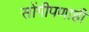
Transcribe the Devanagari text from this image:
सोंगीपणाही